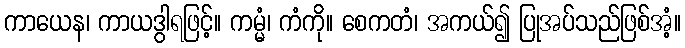
ကာယေန၊ ကာယဒွါရဖြင့်။ ကမ္မံ၊ ကံကို။ စေကတံ၊ အကယ်၍ ပြုအပ်သည်ဖြစ်အံ့။